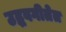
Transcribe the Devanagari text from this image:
उद्धवगीतेत